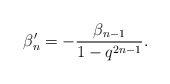
\begin{align*} \beta'_n = -\frac{\beta_{n-1}}{1-q^{2n-1}}.\end{align*}